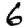
Digit: 6